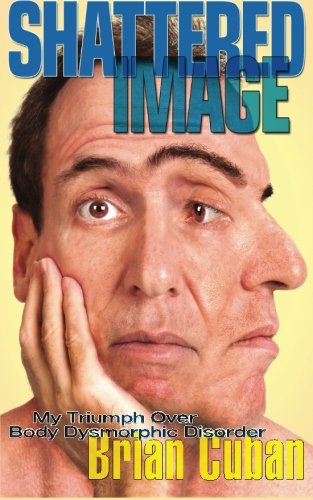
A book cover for Shattered Image: My Triumph Over Body Dysmorphic Disorder; Brian Cuban; Self-Help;